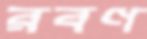
রবণ